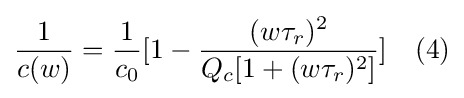
{\frac {1}{c(w)}}={\frac {1}{c_{0}}}[1-{\frac {(w\tau _{r})^{2}}{Q_{c}[1+(w\tau _{r})^{2}]}}]\quad (4)